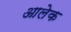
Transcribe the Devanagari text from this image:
आलेक